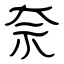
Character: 奈